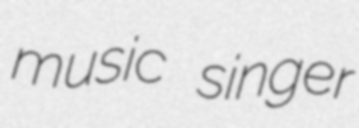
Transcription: music singer